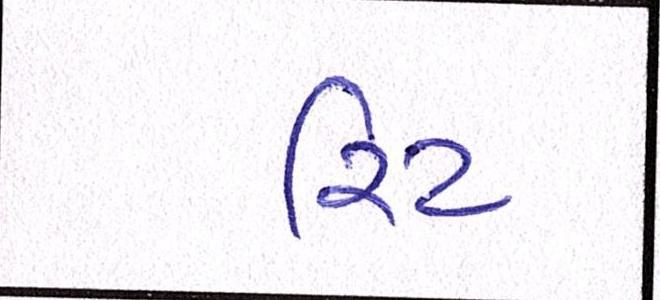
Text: રિટ